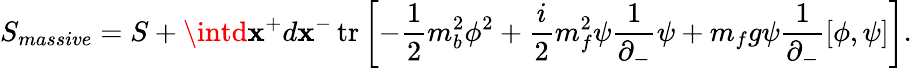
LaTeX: S_{massive}=S+\intd\mathbf{x}^{+}d\mathbf{x}^{-}\, \mathrm{{tr}}\left[-\frac{{1}}{{2}}m_{b}^{2}\phi^{2}+\frac{{i}}{{2}}m_{f}^{2}\psi\frac{{1}}{{\partial_{-}}}\psi+m_{f}g\psi\frac{{1}}{{\partial_{-}}}[\phi,\psi]\right].